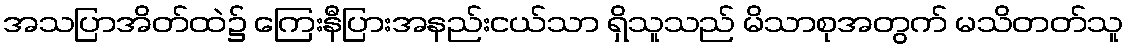
အသပြာအိတ်ထဲ၌ ကြေးနီပြားအနည်းငယ်သာ ရှိသူသည် မိသာစုအတွက် မသိတတ်သူ